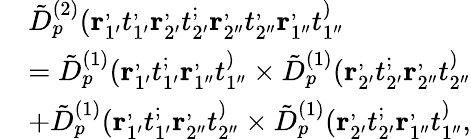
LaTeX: \begin{array}{rl}&{\tilde{D}_{p}^{(2)}(\mathbf{r}_{1^{\prime}}^,t_{1^{\prime}}^,\mathbf{r}_{2^{\prime}}^,t_{2^{\prime}}^;\mathbf{r}_{2^{\prime\prime}}^,t_{2^{\prime\prime}}^,\mathbf{r}_{1^{\prime\prime}}^,t_{1^{\prime\prime}}^)}\\ &{=\tilde{D}_{p}^{(1)}(\mathbf{r}_{1^{\prime}}^,t_{1^{\prime}}^;\mathbf{r}_{1^{\prime\prime}}^,t_{1^{\prime\prime}}^)\times\tilde{D}_{p}^{(1)}(\mathbf{r}_{2^{\prime}}^,t_{2^{\prime}}^;\mathbf{r}_{2^{\prime\prime}}^,t_{2^{\prime\prime}}^)}\\ &{+\tilde{D}_{p}^{(1)}(\mathbf{r}_{1^{\prime}}^,t_{1^{\prime}}^;\mathbf{r}_{2^{\prime\prime}}^,t_{2^{\prime\prime}}^)\times\tilde{D}_{p}^{(1)}(\mathbf{r}_{2^{\prime}}^,t_{2^{\prime}}^;\mathbf{r}_{1^{\prime\prime}}^,t_{1^{\prime\prime}}^),}\end{array}